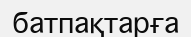
батпақтарға